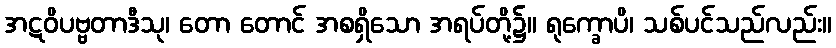
အဋဝိပဗ္ဗတာဒီသု၊ တော တောင် အစရှိသော အရပ်တို့၌။ ရုက္ခောပိ၊ သစ်ပင်သည်လည်း။